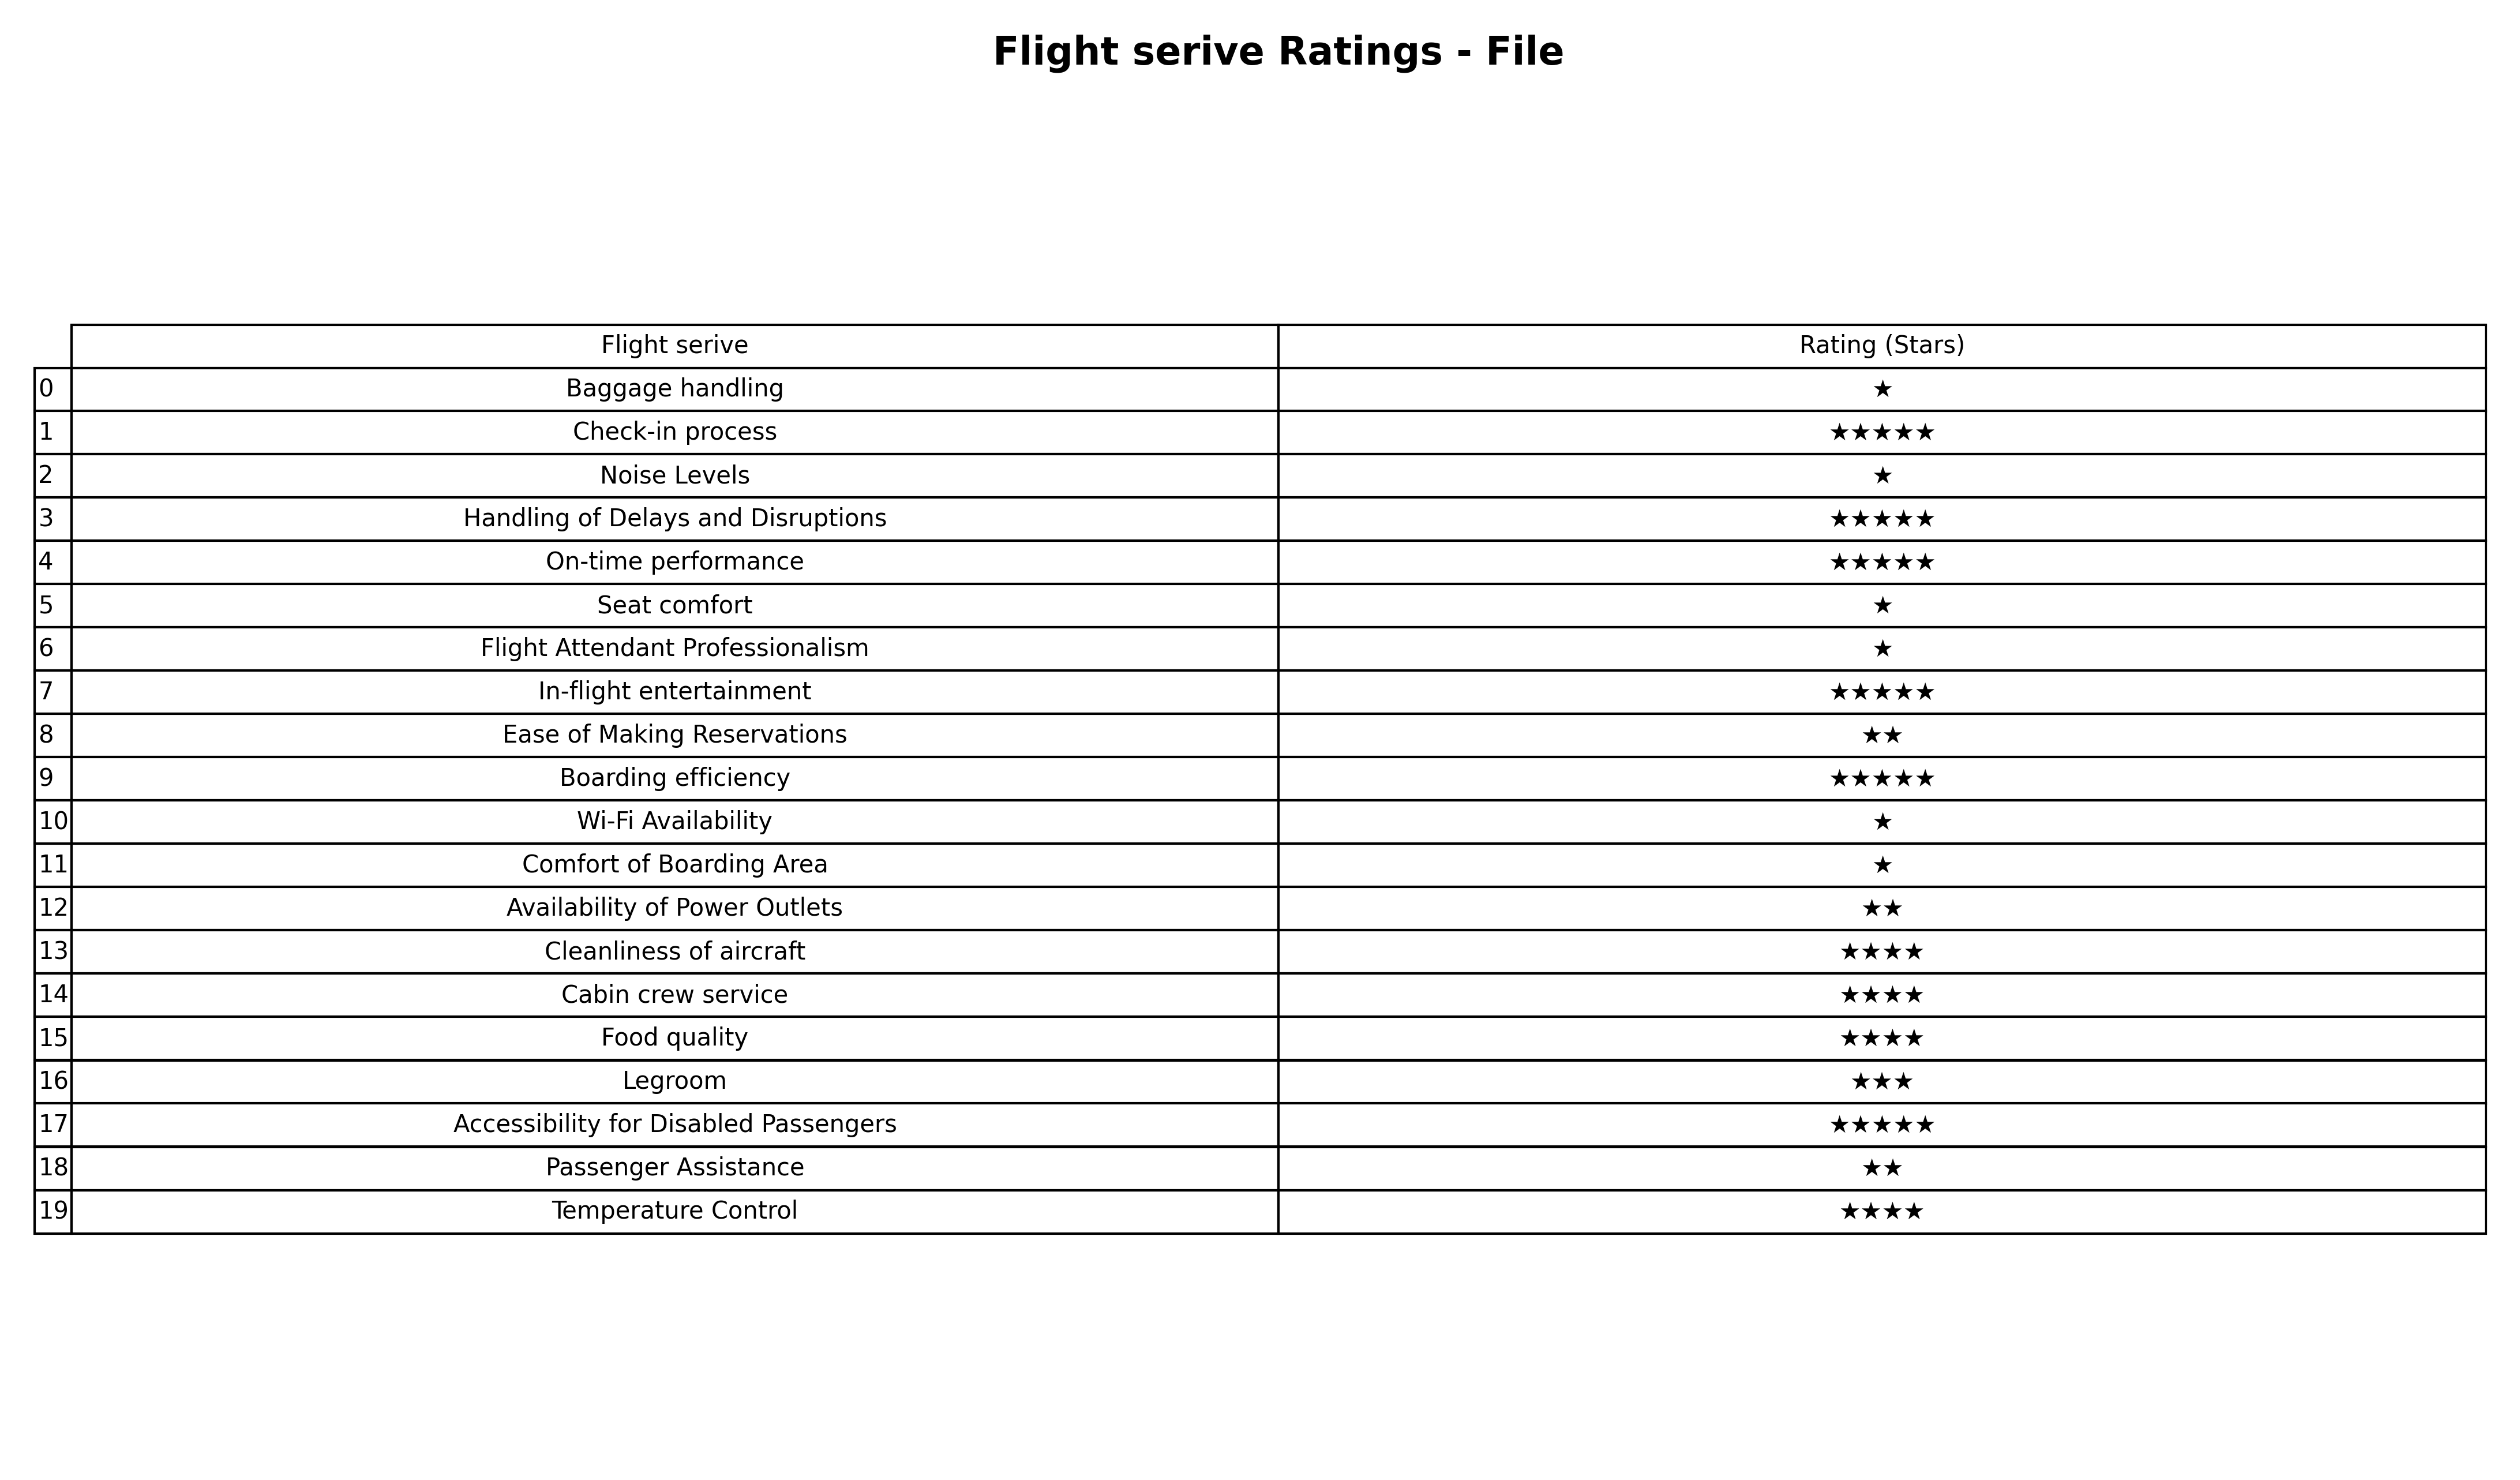
question: What are one star services?
answer: Baggage handlingNoise LevelsSeat comfortFlight Attendant ProfessionalismWi-Fi AvailabilityComfort of Boarding Area